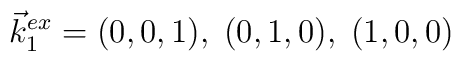
\vec {k}_1^{ex}= (0,0,1), \; (0,1,0), \; (1,0,0)